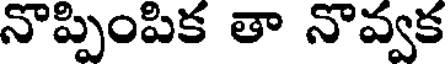
నొప్పింపిక తా నొవ్వక